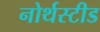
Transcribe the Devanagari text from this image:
नोर्थस्टीड